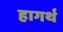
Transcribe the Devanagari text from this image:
हागर्थ